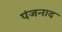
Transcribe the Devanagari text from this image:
पंजनाद